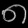
Digit: ၈